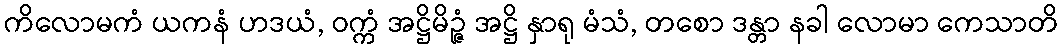
ကိလောမကံ ယကနံ ဟဒယံ, ဝက္ကံ အဋ္ဌိမိဉ္ဇံ အဋ္ဌိ နှာရု မံသံ, တစော ဒန္တာ နခါ လောမာ ကေသာတိ